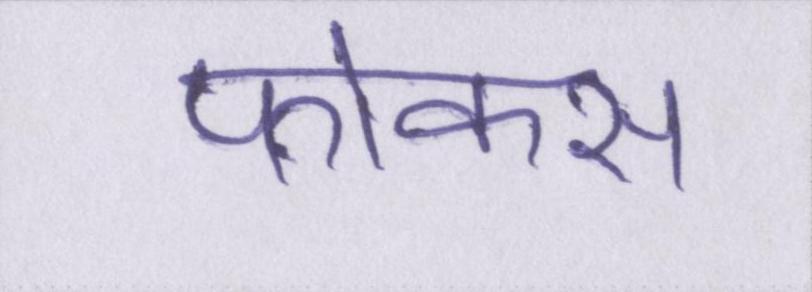
फोकस